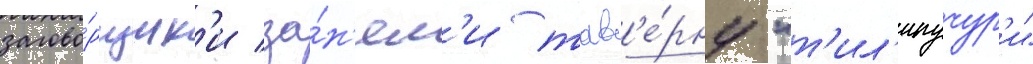
загово́рщик'и за́н'ял'и тав'е́рну "т'ил'ипучур'и"